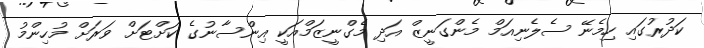
ކަދުރުގައި ހިމެނޭ ސެލެނިއަމް މެންގަނީޒް އަދި މެގްނީޒަމްއަކީ އިންސާނުގެ ކަށްޓަށް ވަރަށް މުހިންމު